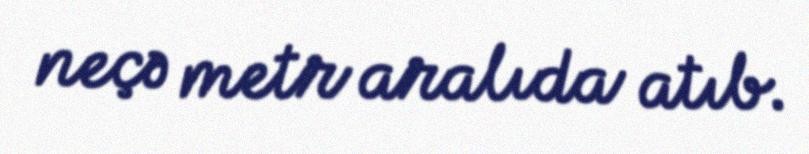
neçə metr aralıda atıb.